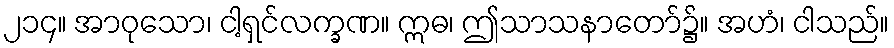
၂၁၄။ အာဝုသော၊ ငါ့ရှင်လက္ခဏ။ ဣဓ၊ ဤသာသနာတော်၌။ အဟံ၊ ငါသည်။